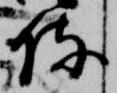
侍